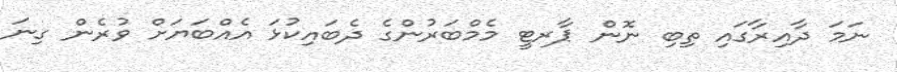
ނަމަ ދާއިރާގައި ތިބި ނޮން ޕާރޓީ މެމްބަރުންގެ ދެބައިކުޅަ އެއްބަޔަށް ވުރެން ގިނަ